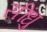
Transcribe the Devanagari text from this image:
सींधु